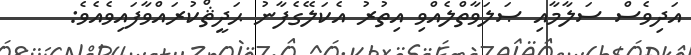
އަދިވެސް ސަލާމާއި ޞަލަވާތްލެއްވި އިތުރު އެކަލޭގެފާނު ޙަދީޘްކުރައްވާފައިވެއެވެ: